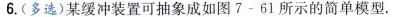
6.(多选)某缓冲装置可抽象成如图7-61所示的简单模型。